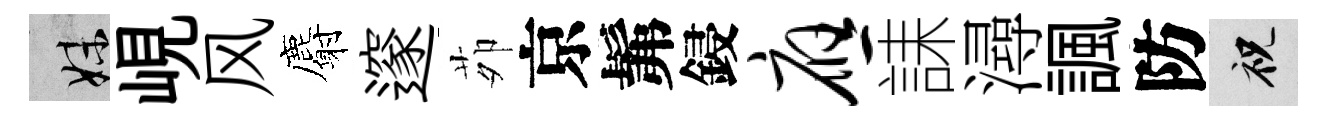
妹峴风麝邃茆京髴鋟应誄潯諷防祝